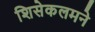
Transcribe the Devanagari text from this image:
शिसेकलमने